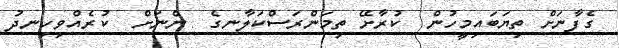
ގެފާނަށް ތިޔަބައިމީހުން  ކުރާށޭ ތިމަންރަސްކަލާނގެ  ންނަށް  ކުރެއްވިހިނދު